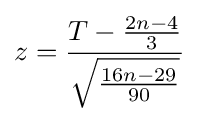
z={\frac {T-{\frac {2n-4}{3}}}{\sqrt {\frac {16n-29}{90}}}}